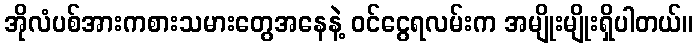
အိုလံပစ်အားကစားသမားတွေအနေနဲ့ ဝင်ငွေရလမ်းက အမျိုးမျိုးရှိပါတယ်။